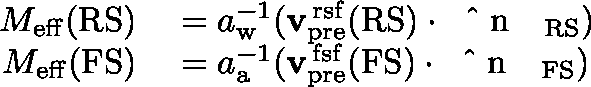
\begin{array} { r l } { M _ { \mathrm { e f f } } ( \mathrm { R S } ) } & { { } = a _ { \mathrm { w } } ^ { - 1 } ( { \mathbf { v } } _ { \mathrm { p r e } } ^ { \mathrm { \, r s f } } ( \mathrm { R S } ) \cdot { \mathrm { ~ \boldmath ~ \hat { ~ } { ~ n ~ } ~ \unboldmath ~ } } _ { \mathrm { R S } } ) } \\ { M _ { \mathrm { e f f } } ( \mathrm { F S } ) } & { { } = a _ { \mathrm { a } } ^ { - 1 } ( { \mathbf { v } } _ { \mathrm { p r e } } ^ { \mathrm { \, f s f } } ( \mathrm { F S } ) \cdot { \mathrm { ~ \boldmath ~ \hat { ~ } { ~ n ~ } ~ \unboldmath ~ } } _ { \mathrm { F S } } ) } \end{array}